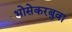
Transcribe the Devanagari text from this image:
भोसेकरबुवा